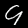
Digit: 9